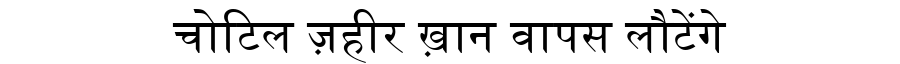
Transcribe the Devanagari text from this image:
चोटिल ज़हीर ख़ान वापस लौटेंगे